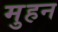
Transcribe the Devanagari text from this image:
मुहन